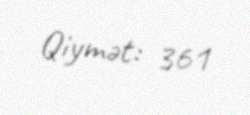
Qiymət: 361